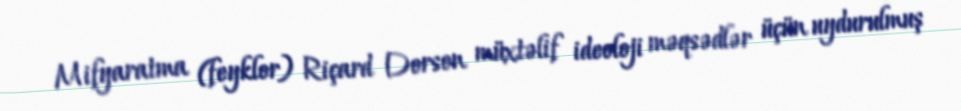
Mifyaratma (feyklor) Riçard Dorson müxtəlif ideoloji məqsədlər üçün uydurulmuş